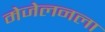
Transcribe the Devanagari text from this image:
मेजेलनला